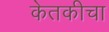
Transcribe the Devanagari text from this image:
केतकीचा